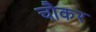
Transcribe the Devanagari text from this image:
चौकर